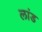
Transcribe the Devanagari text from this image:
लांड